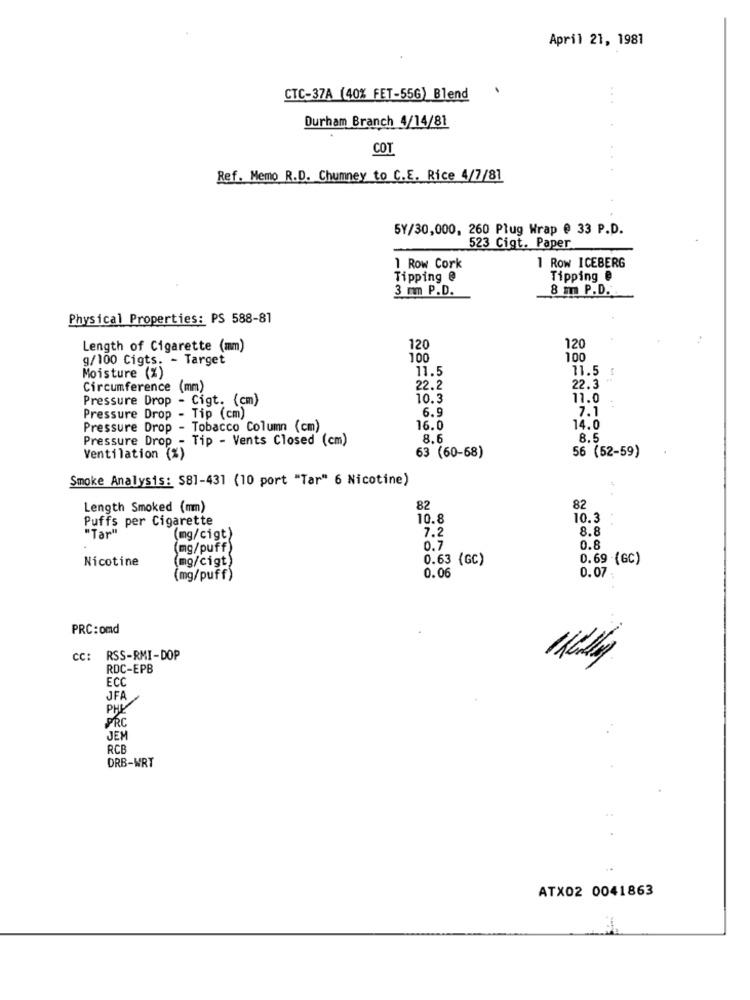
April 21, 1981
CTC-37A (40% FET-55G) Blend
Durham Branch 4/14/81
COT
Ref. Memo R.D. Chumney to C.E. Rice 4/7/81
5Y/30,000, 260 Plug Wrap @ 33 P.D.
523 Cigt. Paper
1 Row Cork
1 ROW ICEBERG
Tipping @
Tipping @
3 mm P.D.
8 m P.D.
Physical Properties: PS 588-81
Length of Cigarette (mm)
120
120
g/100 Cigts. - Target
100
100
11.5
11.5
Moisture (%)
Circumference (mm)
22.2
22.3
Pressure Drop - Cigt. (cm)
10.3
11.0
6 .!
7.1
Pressure Drop - Tip (cm)
Pressure Drop - Tobacco Column (cm)
16.0
14.0
Pressure Drop - Tip - Vents Closed (cm)
8.6
8.5
56 (52-59)
Ventilation (%)
63 (60-68)
Smoke Analysis: S81-431 (10 port "Tar" 6 Nicotine)
Length Smoked (mm)
82
82
Puffs per Cigarette
10.8
10.3
7.2
8.8
"Tar"
(mg/cigt)
(mg/puff)
0.7
0.8
Nicotine
(mg/cigt)
0.63 (GC)
0.69 (GC)
(mg/puff)
0.06
0.07:
PRC:omd
CC: RSS-RMI-DOP
RDC-EPB
ECO
JFA
PHP
PRC
JEM
RCB
DRB-WRT
ATX02 0041863